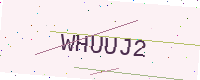
Text: WHUUJ2